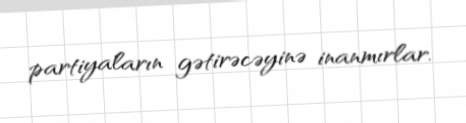
partiyaların gətirəcəyinə inanmırlar.